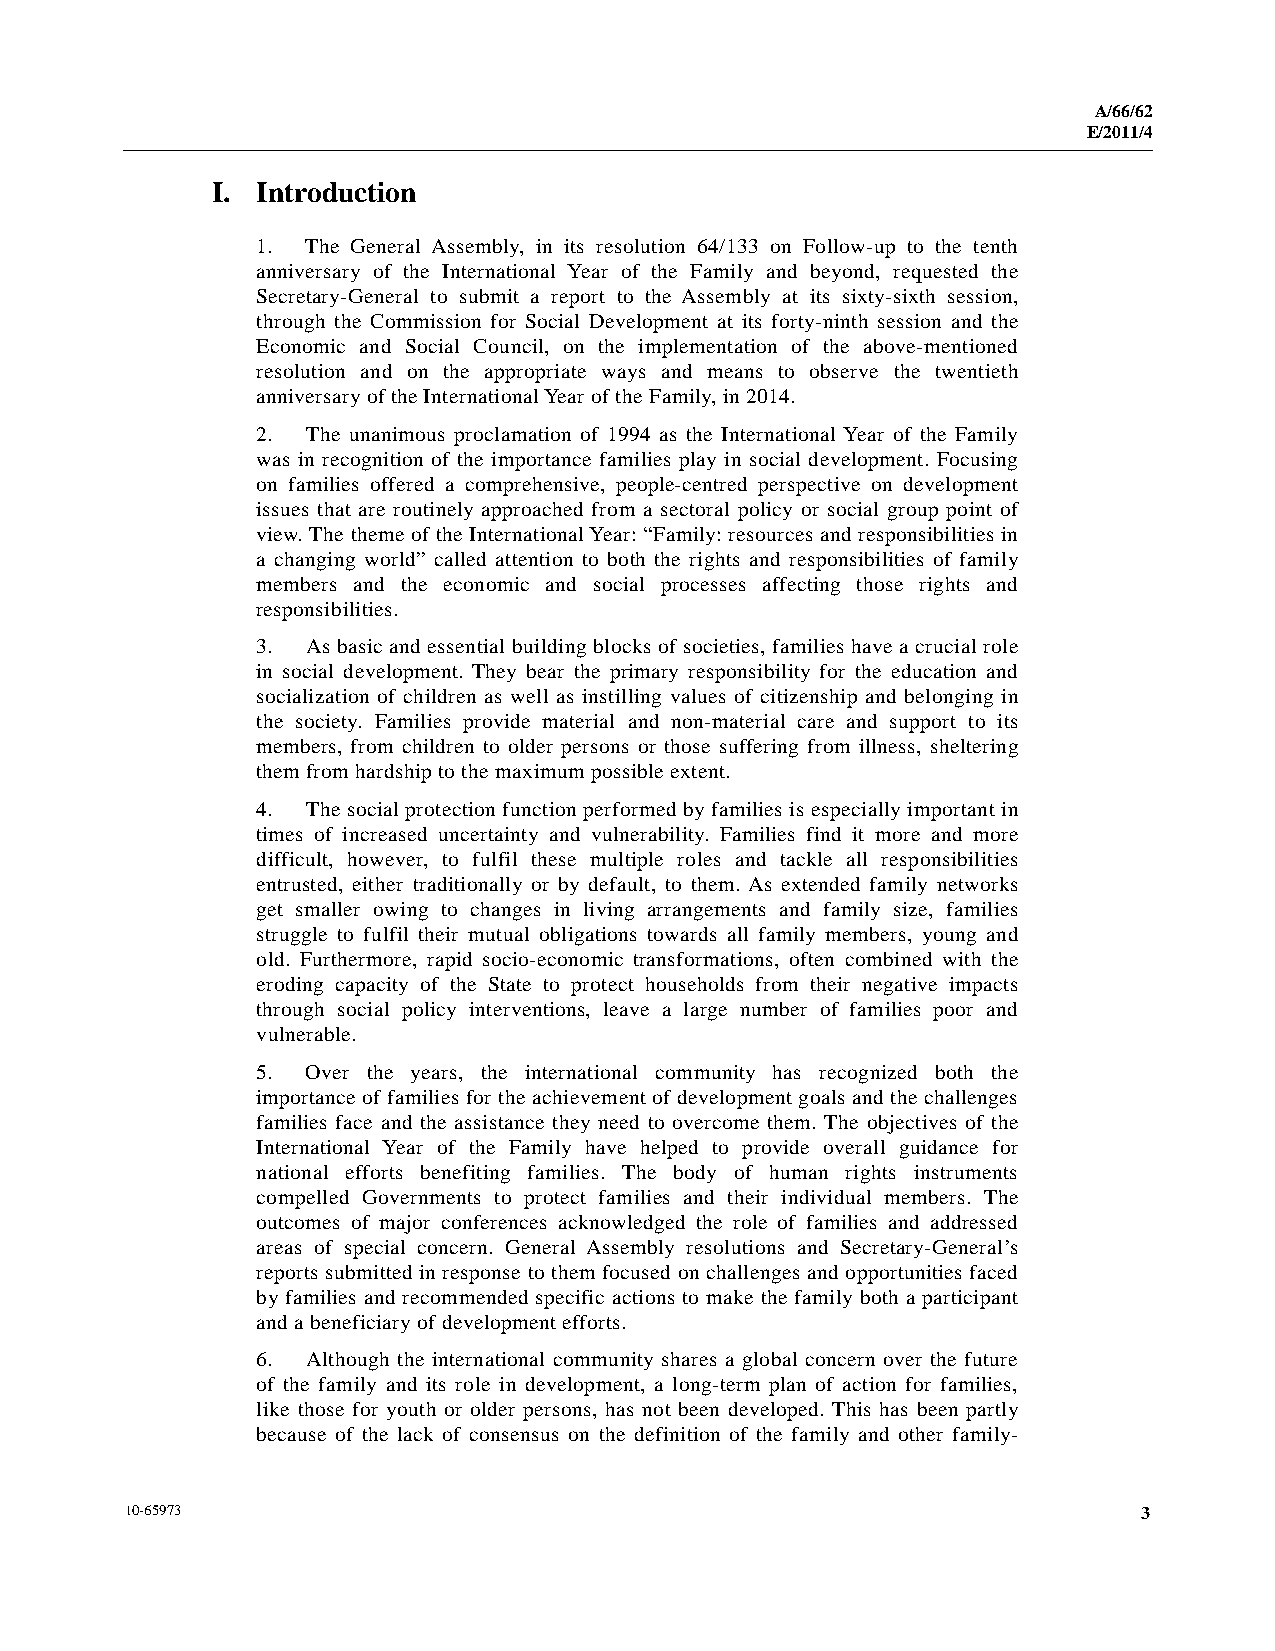
A/66/62
 E/2011/4
 I. Introduction
 1. The General Assembly, in its resolution 64/133 on Follow-up to the tenth
 anniversary of the International Year of the Family and beyond, requested the
 Secretary-General to submit a report to the Assembly at its sixty-sixth session,
 through the Commission for Social Development at its forty-ninth session and the
 Economic and Social Council, on the implementation of the above-mentioned
 resolution and on the appropriate ways and means to observe the twentieth
 anniversary of the International Year of the Family, in 2014.
 2. The unanimous proclamation of 1994 as the International Year of the Family
 was in recognition of the importance families play in social development. Focusing
 on families offered a comprehensive, people-centred perspective on development
 issues that are routinely approached from a sectoral policy or social group point of
 view. The theme of the International Year: “Family: resources and responsibilities in
 a changing world” called attention to both the rights and responsibilities of family
 members and the economic and social processes affecting those rights and
 responsibilities.
 3. As basic and essential building blocks of societies, families have a crucial role
 in social development. They bear the primary responsibility for the education and
 socialization of children as well as instilling values of citizenship and belonging in
 the society. Families provide material and non-material care and support to its
 members, from children to older persons or those suffering from illness, sheltering
 them from hardship to the maximum possible extent.
 4. The social protection function performed by families is especially important in
 times of increased uncertainty and vulnerability. Families find it more and more
 difficult, however, to fulfil these multiple roles and tackle all responsibilities
 entrusted, either traditionally or by default, to them. As extended family networks
 get smaller owing to changes in living arrangements and family size, families
 struggle to fulfil their mutual obligations towards all family members, young and
 old. Furthermore, rapid socio-economic transformations, often combined with the
 eroding capacity of the State to protect households from their negative impacts
 through social policy interventions, leave a large number of families poor and
 vulnerable.
 5. Over the years, the international community has recognized both the
 importance of families for the achievement of development goals and the challenges
 families face and the assistance they need to overcome them. The objectives of the
 International Year of the Family have helped to provide overall guidance for
 national efforts benefiting families. The body of human rights instruments
 compelled Governments to protect families and their individual members. The
 outcomes of major conferences acknowledged the role of families and addressed
 areas of special concern. General Assembly resolutions and Secretary-General’s
 reports submitted in response to them focused on challenges and opportunities faced
 by families and recommended specific actions to make the family both a participant
 and a beneficiary of development efforts.
 6. Although the international community shares a global concern over the future
 of the family and its role in development, a long-term plan of action for families,
 like those for youth or older persons, has not been developed. This has been partly
 because of the lack of consensus on the definition of the family and other family-
 10-65973                                                            3